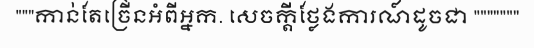
"""កាន់តែច្រើនអំពីអ្នក. សេចក្តីថ្លែងការណ៍ដូចជា """""""